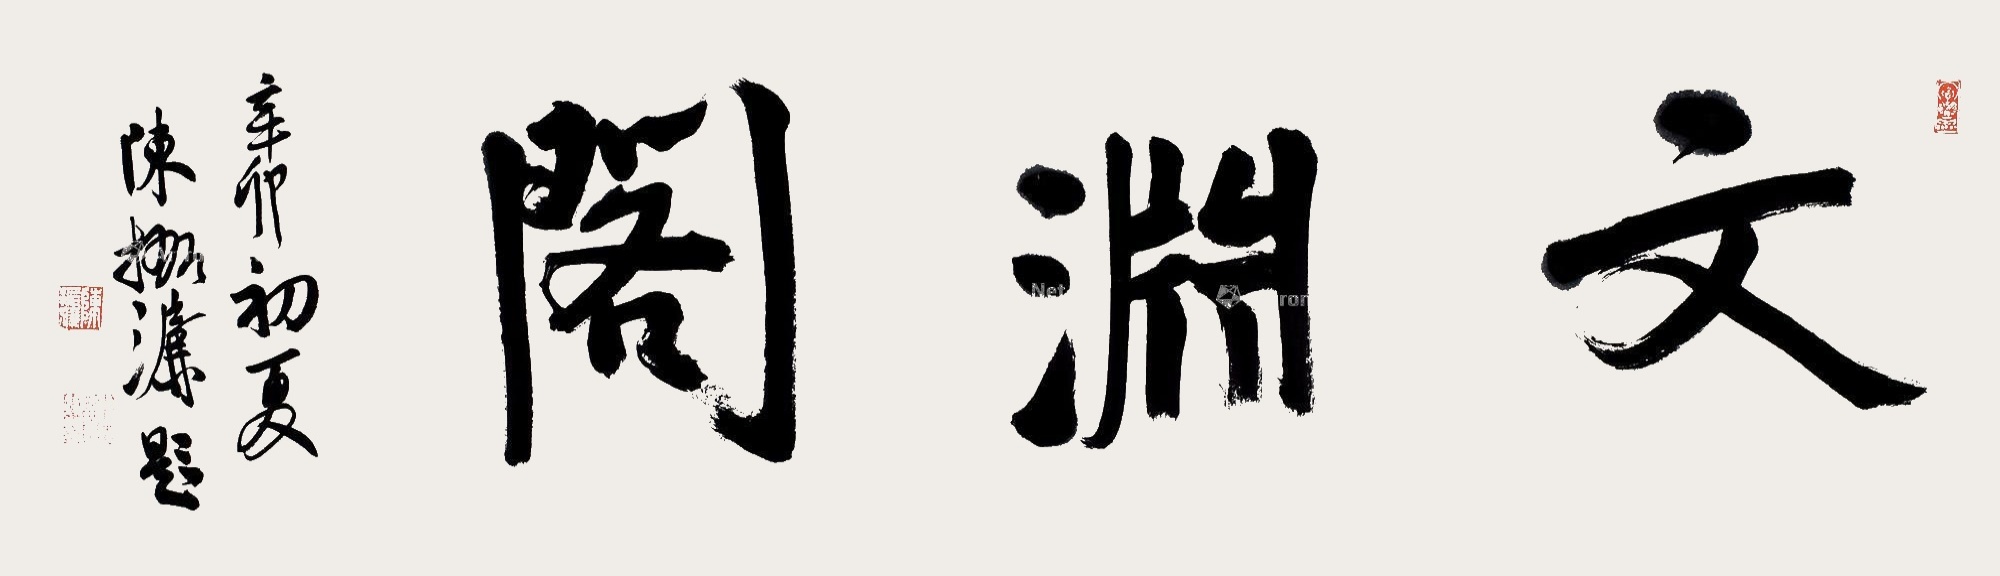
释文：文渊阁。辛卯初夏，陈振濂题。